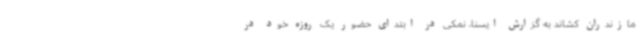
مازندران کشاند به گزارش ایسنا، نمکی در ابتدای حضور یک روزه خود در